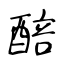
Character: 醅